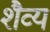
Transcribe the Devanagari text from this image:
शैव्य